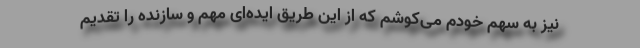
نیز به سهم خودم می‌کوشم که از این طریق ایده‌ای مهم و سازنده را تقدیم